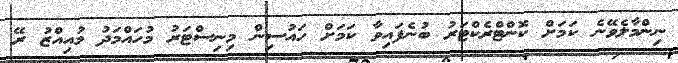
ނިންމާލެވޭނެ ކަމަށް ކޮންޓްރެކްޓަރު ބުނެފައިވާ ކަމަށް ހައުސިން މިނިސްޓަރު މުހައްމަދު މުއިއްޒު ރޭ